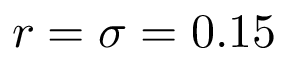
r = \sigma = 0 . 1 5